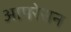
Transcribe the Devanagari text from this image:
आपरेसन